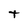
Character: t